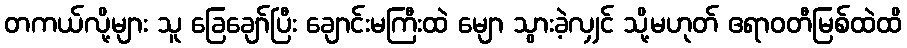
တကယ်လို့များ သူ ခြေချော်ပြီး ချောင်းမကြီးထဲ မျော သွားခဲ့လျှင် သို့မဟုတ် ဧရာဝတီမြစ်ထဲထိ